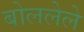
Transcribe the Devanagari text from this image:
बोललेले